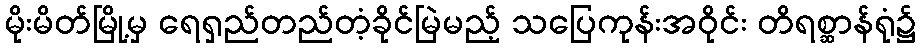
မိုးမိတ်မြို့မှ ရေရှည်တည်တံ့ခိုင်မြဲမည့် သပြေကုန်းအဝိုင်း တိရစ္ဆာန်ရုံ၌